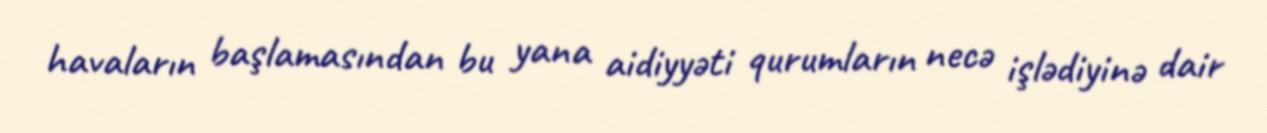
havaların başlamasından bu yana aidiyyəti qurumların necə işlədiyinə dair